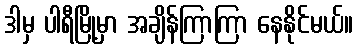
ဒါမှ ပါရီမြို့မှာ အချိန်ကြာကြာ နေနိုင်မယ်။